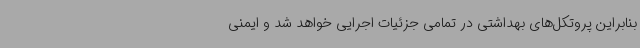
بنابراین پروتکل‌های بهداشتی در تمامی جزئیات اجرایی خواهد شد و ایمنی